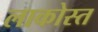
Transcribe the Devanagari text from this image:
लाकोस्त